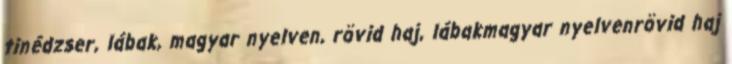
tinédzser, lábak, magyar nyelven, rövid haj, lábakmagyar nyelvenrövid haj